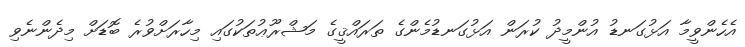
އެހެންވީމާ އަޅުގަނޑު އުންމީދު ކުރަން އަޅުގަނޑުމެންގެ ތަރައްޤީގެ މަޝްރޫޢުތަކުގައި މިހާރަށްވުރެ ބޮޑަށް މިދެންނެވި